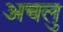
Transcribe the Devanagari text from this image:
अचलु